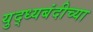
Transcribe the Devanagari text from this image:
युद्ध्यबंदीच्या